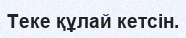
Теке құлай кетсін.